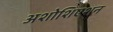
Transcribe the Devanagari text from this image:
अशोशिएशन